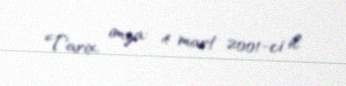
Tarix, imza: 4 mart 2001-ci il